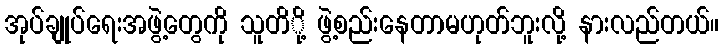
အုပ်ချုပ်ရေးအဖွဲ့တွေကို သူတိို့ ဖွဲ့စည်းနေတာမဟုတ်ဘူးလို့ နားလည်တယ်။